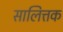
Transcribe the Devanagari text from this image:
सालित्तक